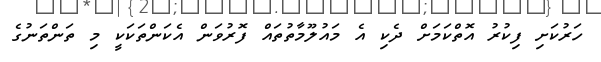
ހަރުކަށި ފިކުރު އޮތްކަމަށް ދެކި އެ މައުލޫމާތުތައް ފޮރުވަން އެކަންތަކަކީ މި ތަންތަނުގެ